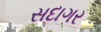
સદાગર